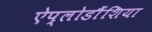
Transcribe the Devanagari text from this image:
ऐप्लोडौंशिया